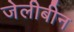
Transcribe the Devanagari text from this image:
जेलीबीन